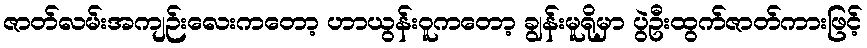
ဇာတ်လမ်းအကျဉ်းလေးကတော့ ဟာယွန်းဝူကတော့ ချွန်းမူရိုမှာ ပွဲဦးထွက်ဇာတ်ကားဖြင့်